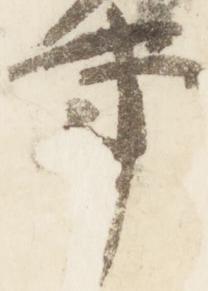
事